Report on vaccination in Madras 1895-1903 - 1895-1903
Year: 1895
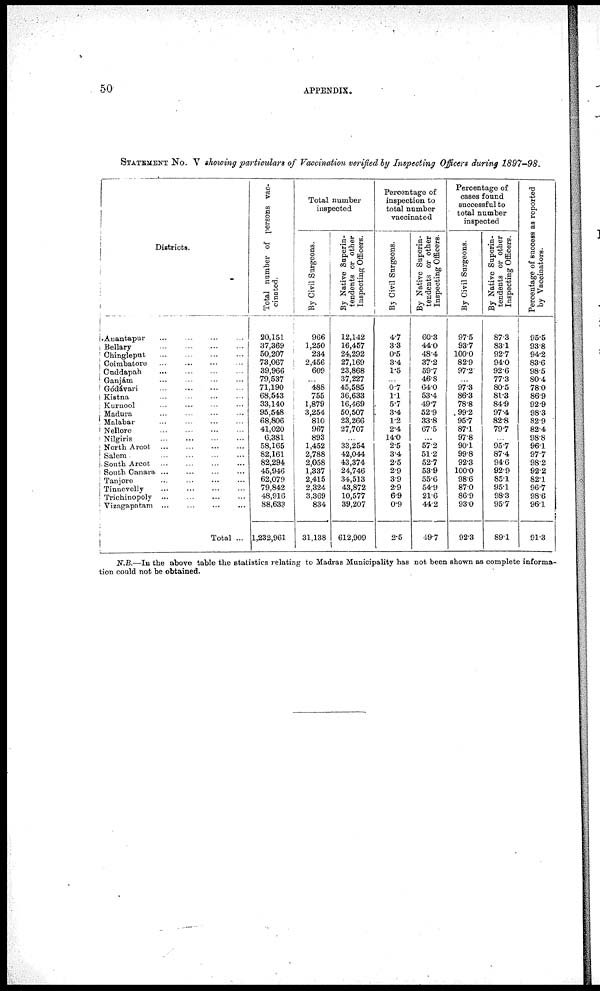
50
APPENDIX.
STATEMENT NO. V showing particulars of Vaccination verified by Inspecting Officers during 1897-98.
Districts.
Anantapur
...
...
...
...
Bellary
...
...
...
...
Chingleput
...
...
...
...
Coimbatore ... ... ... ...
Cuddapah
...
...
...
...
Ganjám
...
...
...
...
Gódávari ... ... ... ...
Kistna ... ... ... ...
Kurnool
...
...
...
...
Madura ... ... ... ...
Malabar ... ... ... ...
Nellore ... ... ... ...
Nilgiris ... ... ... ...
North Arcot
...
...
...
...
Salem ... ... ... ...
South Arcot
...
...
...
...
South Canara ... ... ... ...
Tanjore ... ... ... ...
Tinnevelly
... ... ... ...
Trichinopoly
...
...
...
...
Vizagapatam
...
...
...
...
Total ...
Total number of persons vac-
cinated.
20,151
37,369
50,207
73,067
39,966
79,537
71,190
68,543
33,140
95,548
68,806
41,020
6,381
58,165
82,161
82,294
45,946
62,079
79,842
48,916
88,633
1,232,961
Total number
inspected
By Civil Surgeons.
966
1,250
234
2,456
609
...
488
755
1,879
3,254
810
967
893
1,452
2,788
2,058
1,337
2,415
2,324
3,369
834
31,138
By Native Superin-
tendents or other
Inspecting Officers.
12,142
16,457
24,292
27,169
23,868
37,227
45,585
36,633
16,469
50,507
23,266
27,707
...
33,254
42,044
43,374
24,746
34,513
43,872
10,577
39,207
612,909
Percentage of
inspection to
total number
vaccinated
By Civil Surgeons.
4.7
3.3
0.5
3.4
1.5
...
0.7
1.1
5.7
3.4
1.2
2.4
14.0
2.5
3.4
2.5
2.9
3.9
2.9
6.9
0.9
2.5
By Native Superin-
tendents or other
Inspecting Officers.
60.3
44.0
48.4
37.2
59.7
46.8
64.0
53.4
49.7
52.9
33.8
67.5
...
57.2
51.2
52.7
53.9
55.6
54.9
21.6
44.2
49.7
Percentage of
cases found
successful to
total number
inspected
By Civil Surgeons.
97.5
93.7
100.0
82.9
97.2
...
97.3
86.3
78.8
99.2
95.7
87.1
97.8
90.1
99.8
92.3
100.0
98.6
87.0
86.9
93.0
92.3
By Native Superin-
tendents or other
Inspecting Officers.
87.3
83.1
92.7
94.0
92.6
77.3
80.5
81.3
84.9
97.4
82.8
79.7
...
95.7
87.4
94.6
92.9
85.1
95.1
98.3
95.7
89.1
Percentage of success as reported
by Vaccinators.
95.5
93.8
94.2
83.6
98.5
80.4
78.0
86.9
92.9
98.3
82.9
82.4
98.8
96.1
97.7
98.2
92.2
82.1
96.7
98.6
96.1
91.3
N.B.—In the above table the statistics relating to Madras Municipality has not been shown as complete informa-
tion could not be obtained.